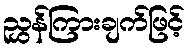
ညွှန်ကြားချက်ဖြင့်